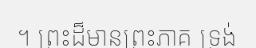
។ ព្រះដ៏មានព្រះភាគ ទ្រង់